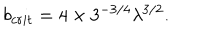
b _ { c r i t } = 4 \times 3 ^ { - 3 / 4 } \lambda ^ { 3 / 2 } .